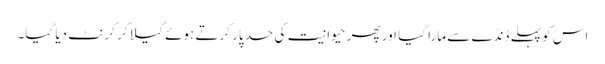
اس کو پہلے ڈنڈے سے مارا گیا اور پھر حیوانیت کی حد پار کرتے ہوئے گیلا کر کرنٹ دیا گیا۔